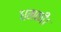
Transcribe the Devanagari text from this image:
धमकी।